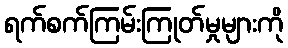
ရက်စက်ကြမ်းကြုတ်မှုများကို